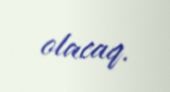
olacaq.